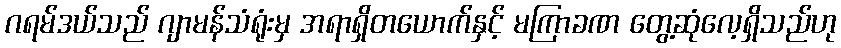
ဂရမ်ဒယ်သည် ဂျာမန်သံရုံးမှ အရာရှိတယောက်နှင့် မကြာခဏ တွေ့ဆုံလေ့ရှိသည်ဟု